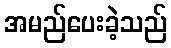
အမည်ပေးခဲ့သည်